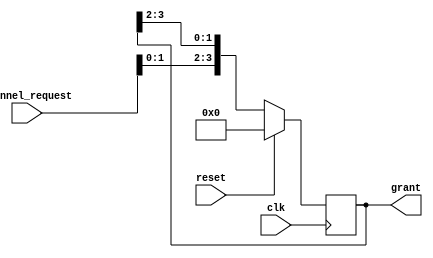
module serial_arbiter(
  input wire clk,
  input wire reset,
  input wire [num_channels-1:0] channel_request,
  output wire [num_channels-1:0] grant
);

  parameter num_channels = 4;
  parameter SYNC_DELAY = 3; //Delay for synchronization
  
  reg [num_channels-1:0] sync_channel_request;
  reg [num_channels-1:0] sync_grant;
  
  // Synchronize channel requests
  always @(posedge clk) begin
    if(reset) begin
      sync_channel_request <= {num_channels{1'b0}}; // reset to all 0's
    end else begin
      sync_channel_request <= {channel_request, sync_channel_request[num_channels-1:num_channels-SYNC_DELAY+1]};
    end
  end
  
  // Arbiter logic
  always @(*) begin
    sync_grant = {sync_channel_request[num_channels-1], sync_channel_request[num_channels-2], sync_channel_request[num_channels-3], sync_channel_request[num_channels-4]}; //Example priority - Modify as per requirements
  end
  
  // Output grant
  assign grant = sync_grant;
  
endmodule